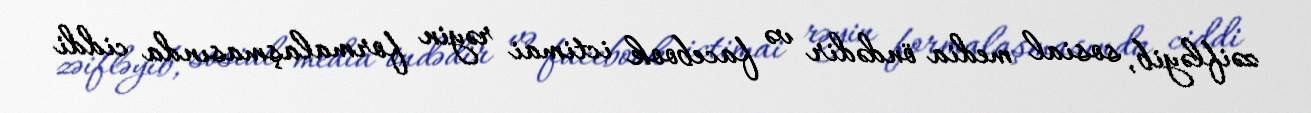
zəifləyib, sosial media öndədir və facebook ictimai rəyin formalaşmasında ciddi